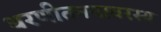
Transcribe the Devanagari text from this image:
धरणीतनयावरस्य